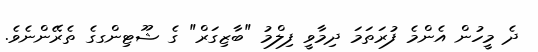
ދެ މީހުން އެންމެ ފުރަތަމަ ދިމާވީ ފިލްމު "ބާޒިގަރް" ގެ ޝޫޓިންގގެ ތެރޭންނެވެ.